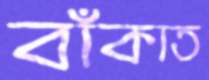
বাঁকাত